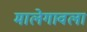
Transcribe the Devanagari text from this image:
मालेगावला